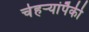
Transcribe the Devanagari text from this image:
चेहऱ्यांपैकी